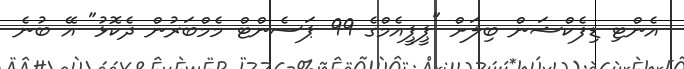
އެންޓި ޑިފެކްޝަން ބިލަށް "ޕީޕީއެމްގެ 99 ޕަސެންޓް މެމްބަރުން ދެކޮޅު" އޭ ބުނެ